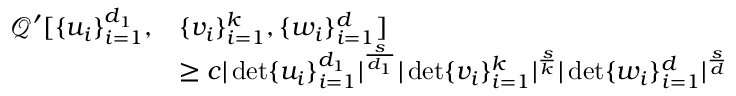
\begin{array} { r l } { \mathcal { Q } ^ { \prime } [ \{ u _ { i } \} _ { i = 1 } ^ { d _ { 1 } } , } & { \{ v _ { i } \} _ { i = 1 } ^ { k } , \{ w _ { i } \} _ { i = 1 } ^ { d } ] } \\ & { \geq c | \operatorname* { d e t } \{ u _ { i } \} _ { i = 1 } ^ { d _ { 1 } } | ^ { \frac { s } { d _ { 1 } } } | \operatorname* { d e t } \{ v _ { i } \} _ { i = 1 } ^ { k } | ^ { \frac { s } { k } } | \operatorname* { d e t } \{ w _ { i } \} _ { i = 1 } ^ { d } | ^ { \frac { s } { d } } } \end{array}